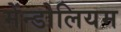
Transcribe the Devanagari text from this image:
मेंन्डोलियम